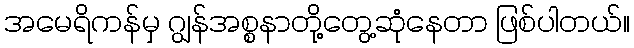
အမေရိကန်မှ ဂျွန်အစ္စနာတို့တွေ့ဆုံနေတာ ဖြစ်ပါတယ်။